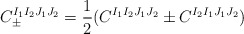
\begin{align*}C_{\pm}^{I_1 I_2 J_1 J_2} = \frac{1}{2} (C^{I_1 I_2 J_1 J_2} \pm C^{I_2 I_1 J_1 J_2})\end{align*}